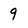
Character: 9